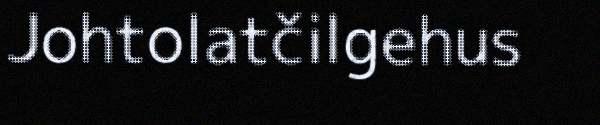
Johtolatčilgehus